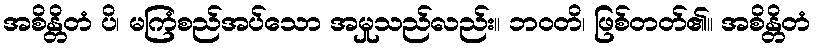
အစိန္တိတံ ပိ၊ မကြံစည်အပ်သော အမှုသည်လည်း။ ဘဝတိ၊ ဖြစ်တတ်၏။ အစိန္တိတံ